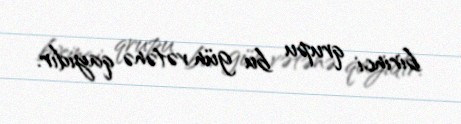
birinci qrupu bu gün vətənə qayıdır.